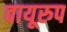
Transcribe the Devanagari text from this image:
वायूरुप